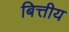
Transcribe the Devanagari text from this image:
बित्तीय